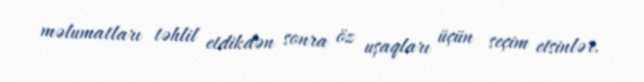
məlumatları təhlil etdikdən sonra öz uşaqları üçün seçim etsinlər.